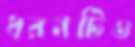
ধরনটিও